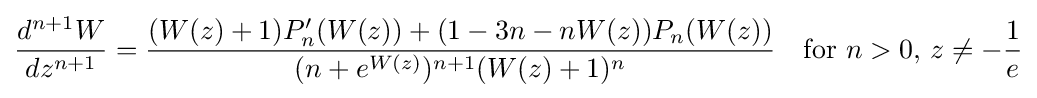
{\frac {d^{n+1}W}{dz^{n+1}}}={\frac {(W(z)+1)P_{n}'(W(z))+(1-3n-nW(z))P_{n}(W(z))}{(n+e^{W(z)})^{n+1}(W(z)+1)^{n}}}\quad {\text{for }}n>0,\,z\neq -{\frac {1}{e}}